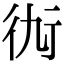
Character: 𧗝